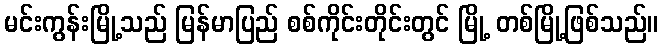
မင်းကွန်းမြို့သည် မြန်မာပြည် စစ်ကိုင်းတိုင်းတွင် မြို့ တစ်မြို့ဖြစ်သည်။